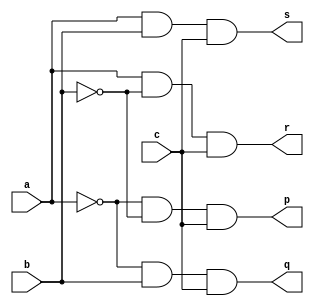
module and2(input wire a, b, c, output wire p, q, r, s);
assign p = (~a)&(~b)&(c);
assign q = (~a)&(b)&(c);
assign r = (a)&(~b)&(c);
assign s = (a)&(b)&(c);
endmodule